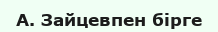
А. Зайцевпен бірге